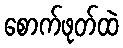
စောက်ဖုတ်ထဲ